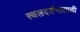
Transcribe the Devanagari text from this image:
स्थलदर्शनासाठी